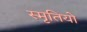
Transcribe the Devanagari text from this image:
स्मृतियो